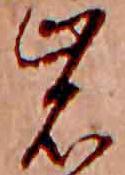
岩